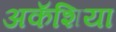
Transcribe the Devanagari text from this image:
अकॅशिया